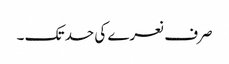
صرف نعرے کی حد تک ۔